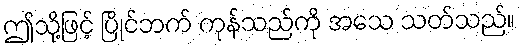
ဤသို့ဖြင့် ပြိုင်ဘက် ကုန်သည်ကို အသေ သတ်သည်။